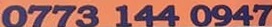
0773 144 0947